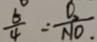
\frac { 5 } { 4 } = \frac { O _ { 2 } } { N O } .